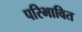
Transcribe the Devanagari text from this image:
परिभावित